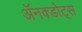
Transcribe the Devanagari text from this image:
ॲनक्डोट्स